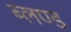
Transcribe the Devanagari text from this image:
ब्लण्ड